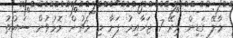
މާލޭ ގަޑިން މިރޭ 7 ޖަހާއިރު ފަށާ މި މެޗުން މޮޅުވުން ސައުތު